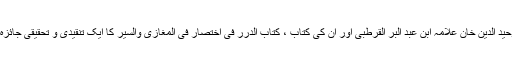
وحید الدین خان علامہ ابن عبد البر القرطبی اور ان کی کتاب ، کتاب الدرر فی اختصار فی المغازی والسیر کا ایک تنقیدی و تحقیقی جائزہ ۔